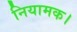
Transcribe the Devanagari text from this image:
नियामक।